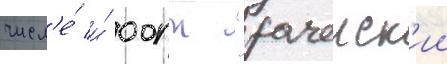
числ'е́ и́ оопт "рачеиск'ии